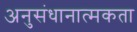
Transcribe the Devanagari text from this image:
अनुसंधानात्मकता